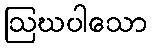
ဩဃပါသော